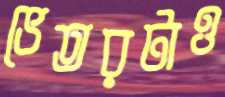
ভেতরটাও